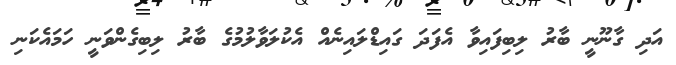
އަދި ގާނޫނީ ބާރު ލިބިފައިވާ އެފަދަ ގައިޑްލައިނެއް އެކުލަވާލުމުގެ ބާރު ލިބިގެންވަނީ ހަމައެކަނި